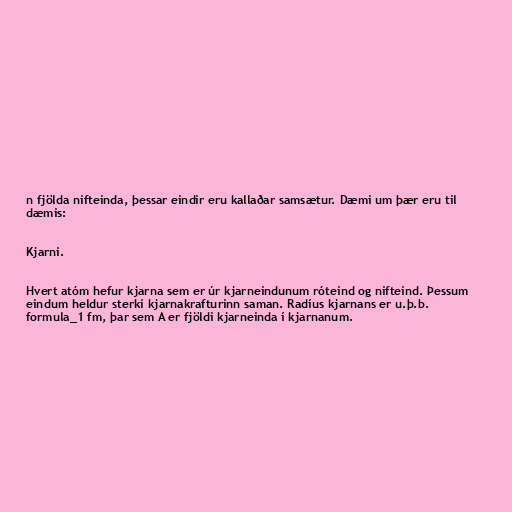
n fjölda nifteinda, þessar eindir eru kallaðar samsætur. Dæmi um þær eru til
dæmis:

Kjarni.

Hvert atóm hefur kjarna sem er úr kjarneindunum róteind og nifteind. Þessum
eindum heldur sterki kjarnakrafturinn saman. Radíus kjarnans er u.þ.b.
formula_1 fm, þar sem A er fjöldi kjarneinda í kjarnanum.